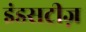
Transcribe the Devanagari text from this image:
इंडसट्रीज़